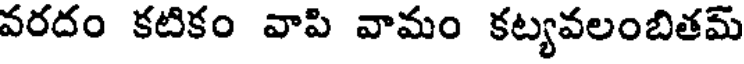
వరదం కటికం వాపి వామం కట్యవలంబితమ్